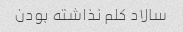
سالاد کلم نذاشته بودن